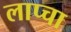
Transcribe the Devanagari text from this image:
लाप्चा